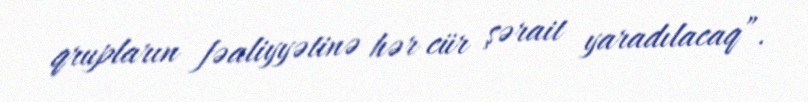
qrupların fəaliyyətinə hər cür şərait yaradılacaq”.